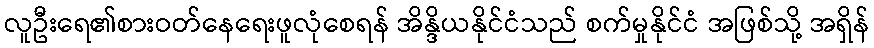
လူဦးရေ၏စားဝတ်နေရေးဖူလုံစေရန် အိန္ဒိယနိုင်ငံသည် စက်မှုနိုင်ငံ အဖြစ်သို့ အရှိန်